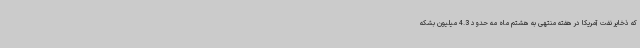
که ذخایر نفت آمریکا در هفته منتهی به هشتم ماه مه حدود 4.3 میلیون بشکه